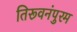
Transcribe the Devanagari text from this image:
तिरूवनंपुरम